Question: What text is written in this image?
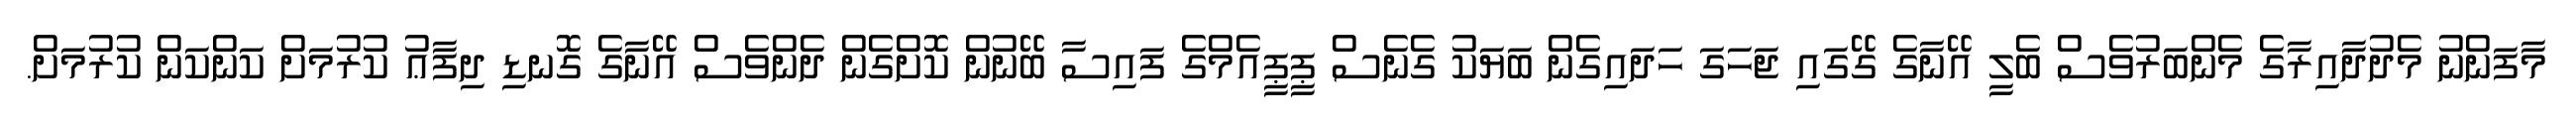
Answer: މާފަންނު މެދުދާއިރާގެ މެންބަރުވެސް ބެލީ އޭނާގެ ގޭގައި ޖަހަގަ ހަދައިގެން ބަޔަކު ގެނެސް ޕީޕީއެމްގެ ފައިސާ ބޭނުން ކޮށްގެން ދެންވެސް އޭނާގެ ގޮނޑި ދިފާޢު ކުރުމަށް ކަންކަން ކުރުމަށް.